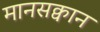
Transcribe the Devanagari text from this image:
मानसक्वान